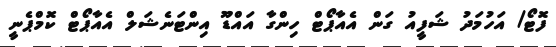
ފޮޓޯ/ އަހުމަދު ޝަފީއު ގަން އެއާޕޯޓް ހިންގާ އައްޑޫ އިންޓަނެޝަލް އެއާޕޯޓް ކޮމްޕެނީ